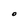
Character: O